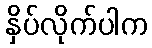
နှိပ်လိုက်ပါက